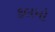
કલમો